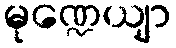
မုဏ္ဍေယျာ